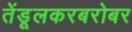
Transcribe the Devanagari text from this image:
तेंडूलकरबरोबर